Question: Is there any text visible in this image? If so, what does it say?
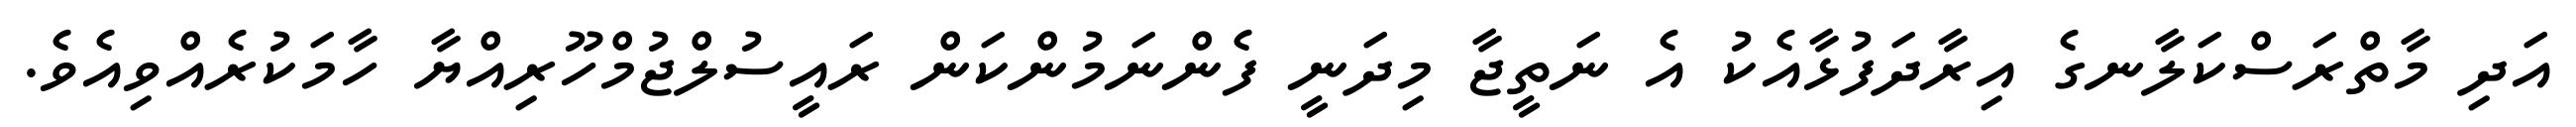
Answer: އަދި މާތްރަސްކަލާނގެ އިރާދަފުޅާއެކު އެ ނަތީޖާ މިދަނީ ފެންނަމުންކަން ރައީސުލްޖުމްހޫރިއްޔާ ހާމަކުރެއްވިއެވެ.